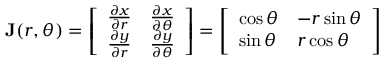
\mathbf { J } ( r , \theta ) = { \left[ \begin{array} { l l } { { \frac { \partial x } { \partial r } } } & { { \frac { \partial x } { \partial \theta } } } \\ { { \frac { \partial y } { \partial r } } } & { { \frac { \partial y } { \partial \theta } } } \end{array} \right] } = { \left[ \begin{array} { l l } { \cos \theta } & { - r \sin \theta } \\ { \sin \theta } & { r \cos \theta } \end{array} \right] }